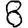
Digit: 8